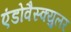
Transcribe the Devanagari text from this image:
एंडोवैस्क्युलर